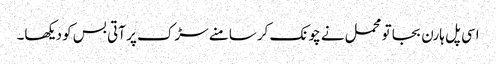
اسی پل ہارن بجا تو محمل نے چونک کر سامنے سڑک پر آتی بس کو دیکھا۔